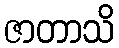
ဇာတာသိ